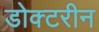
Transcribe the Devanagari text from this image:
डोक्टरीन